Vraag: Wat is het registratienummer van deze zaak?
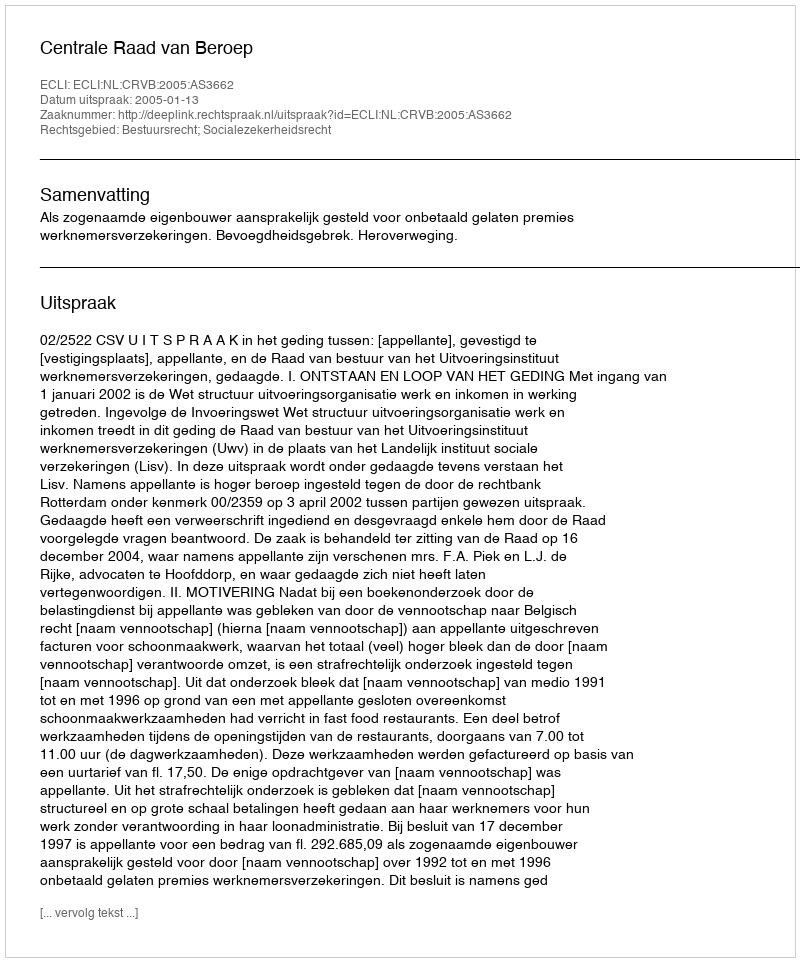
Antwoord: http://deeplink.rechtspraak.nl/uitspraak?id=ECLI:NL:CRVB:2005:AS3662